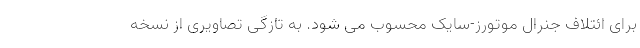
برای ائتلاف جنرال موتورز-سایک محسوب می شود. به تازگی تصاویری از نسخه